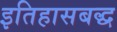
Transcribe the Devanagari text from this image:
इतिहासबद्ध